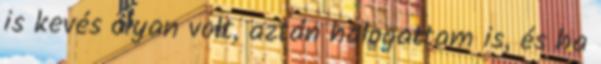
is kevés olyan volt, aztán halogattam is, és ha